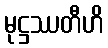
မုဋ္ဌဿတီဟိ